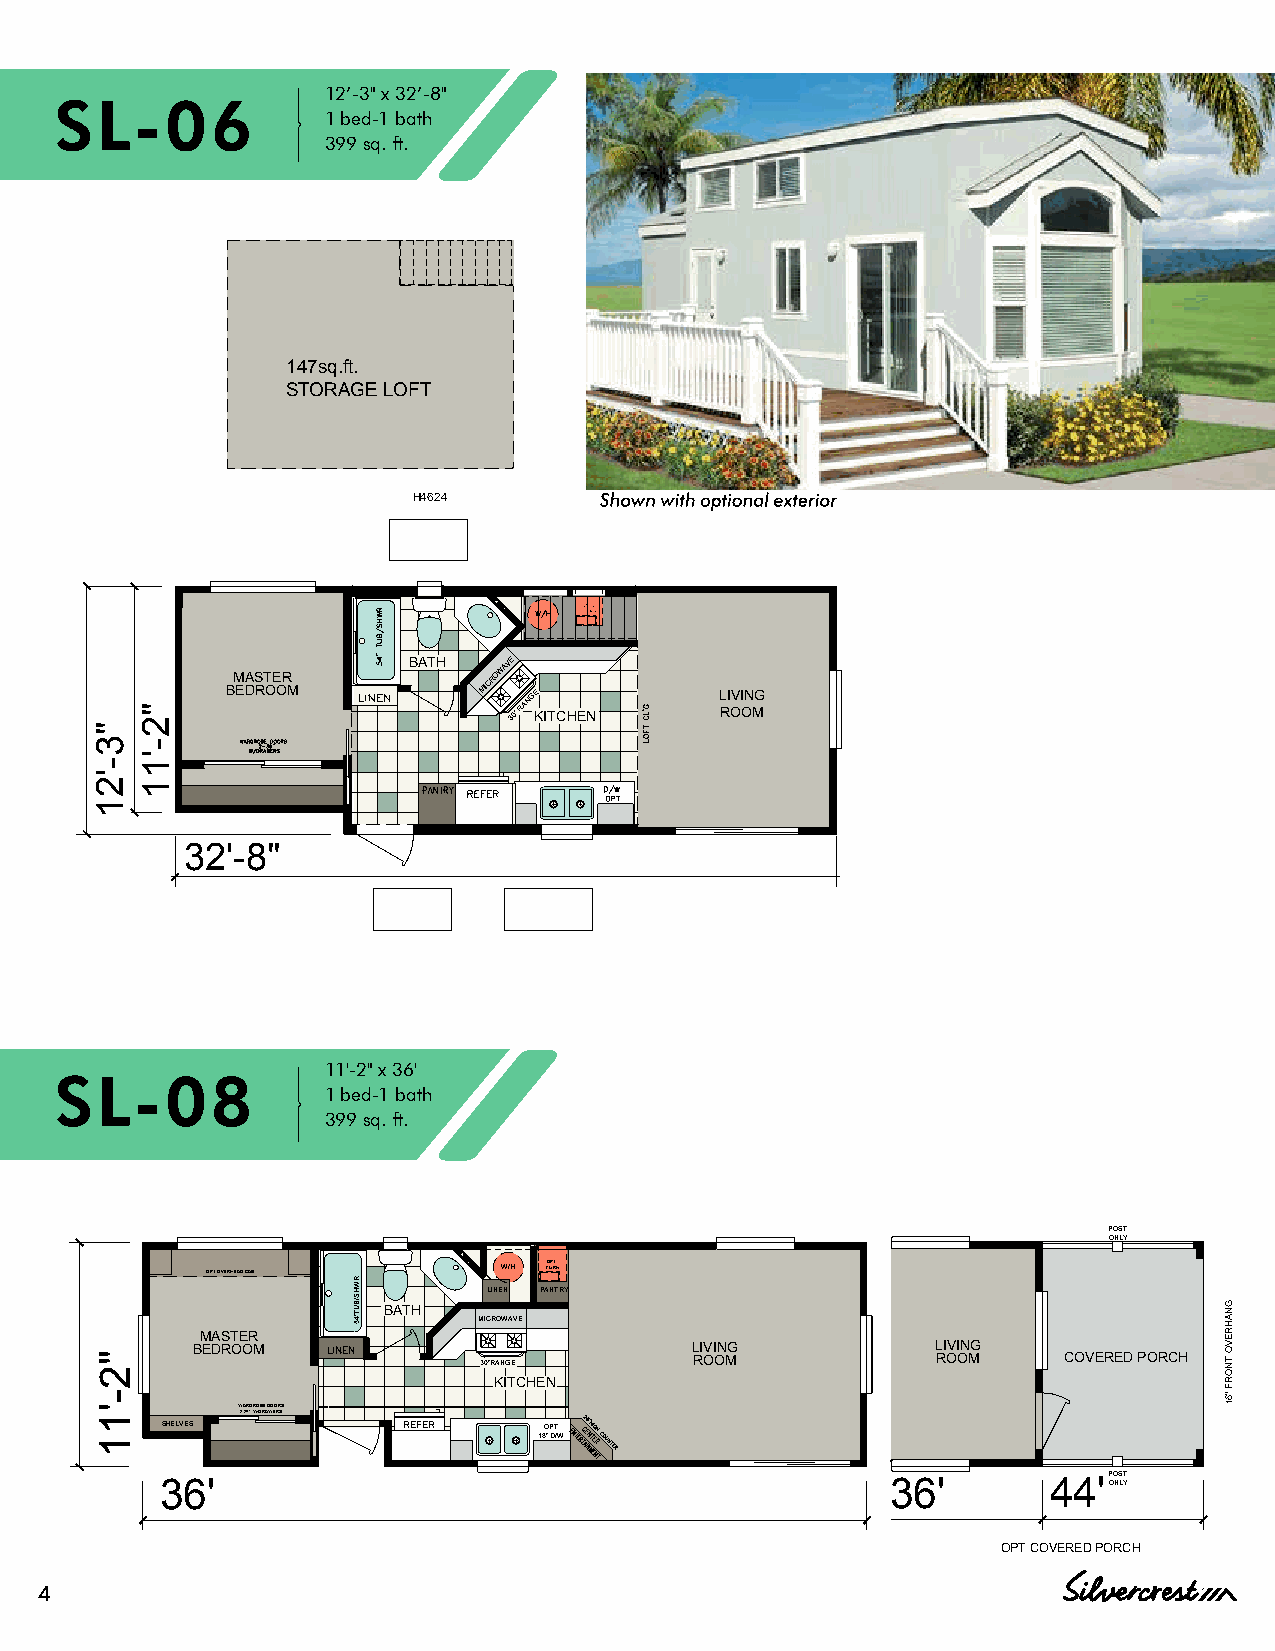
H4624
 BM EA DS RT OE OR
 M
 BATH MICROWAV 3E
 0”
 RANG KE
 ITCHEN
 L RI OVI ON MG
 12’-3" x 32’-8"
 SL-06
 1 bed-1 bath
 32'-8"            399 sq. ft.
 147sq.ft.
 STORAGE LOFT
 H4624
 399 SQ. FT.
 BM EA DS RT OE OR
 M
 BATH MICROWAV 3E
 0”
 RANG KE
 ITCHEN
 L RI OVI ON MG
 32'-8"
 11'-2" x 36'
 SL-08                  147sq.ft.
 1 bed-1 bath
 STORAGE LOFT
 399 sq. ft.
 POST
 ONLY
 399 SQ. FT.   OPT OVERHEAD CAB   W/H FOUPRTN.
 LINEN PANTRY
 BATH
 MICROWAVE
 MASTER
 BEDROOM                          LIVING          LIVING 30"RANGE ROOM ROOM COVERED PORCH
 KITCHEN
 W2A-2R4D" RWO/DBREA DWOEORRSS
 SHELVES         REFER    OPT
 18" D/W
 POST
 36'                                             36'        44'ONLY
 OPT COVERED PORCH
 4
 "3-'21
 "2-'11
 "3-'21
 "2-'11
 "2-'11
 RWHS/BUT"45
 GNAHREVO
 TNORF
 "61